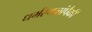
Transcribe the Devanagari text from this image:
धर्मस्थळांपैकी